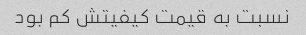
نسبت به قیمت کیفیتش کم بود